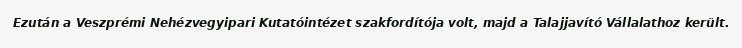
Ezután a Veszprémi Nehézvegyipari Kutatóintézet szakfordítója volt, majd a Talajjavító Vállalathoz került.